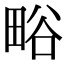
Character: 𭻗